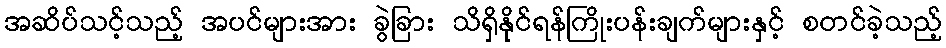
အဆိပ်သင့်သည့် အပင်များအား ခွဲခြား သိရှိနိုင်ရန်ကြိုးပန်းချက်များနှင့် စတင်ခဲ့သည့်